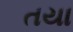
તયા